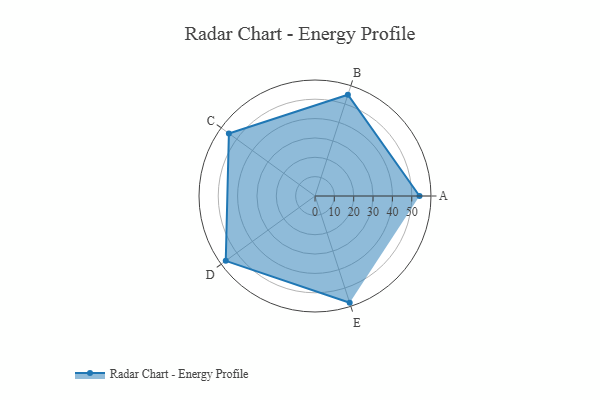
{"axis": {"x": "Skill", "y": "Score"}, "legend": ["Profile"], "data": [{"x": "A", "y": 54.0, "type": "Profile"}, {"x": "B", "y": 55.0, "type": "Profile"}, {"x": "C", "y": 55.0, "type": "Profile"}, {"x": "D", "y": 57.0, "type": "Profile"}, {"x": "E", "y": 58.0, "type": "Profile"}]}